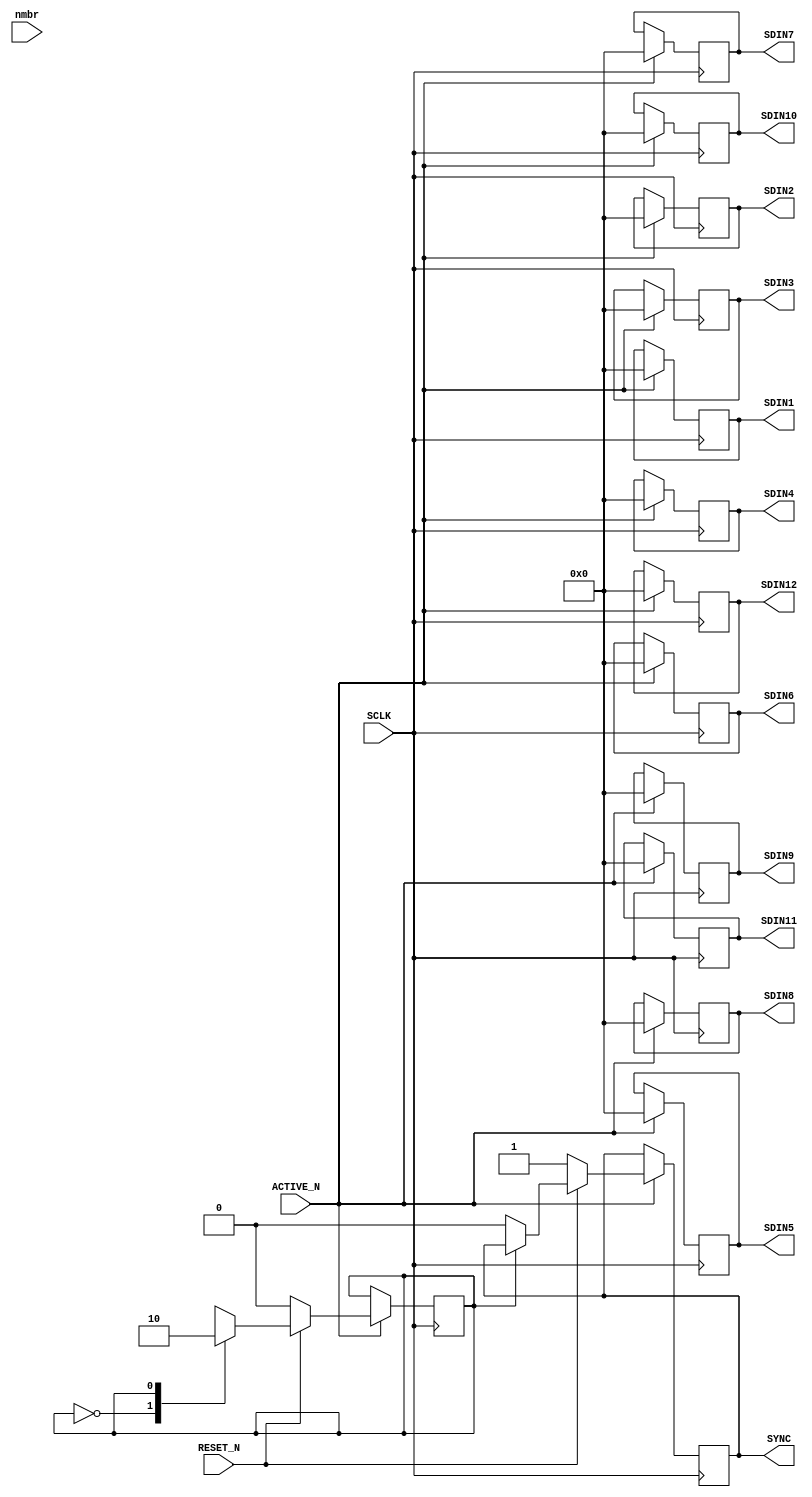
module CTRL_DAC(
	SCLK,
	RESET_N,
	ACTIVE_N,
	SDIN1,
	SDIN2,
	SDIN3,
	SDIN4,
	SDIN5,
	SDIN6,
	SDIN7,
	SDIN8,
	SDIN9,
	SDIN10,
	SDIN11,
	SDIN12,
	SYNC,
	nmbr,
);

input SCLK;
input RESET_N;
input ACTIVE_N;
input [0:767]nmbr;
output [0:7]SDIN1;
output [0:7]SDIN2;
output [0:7]SDIN3;
output [0:7]SDIN4;
output [0:7]SDIN5;
output [0:7]SDIN6;
output [0:7]SDIN7;
output [0:7]SDIN8;
output [0:7]SDIN9;
output [0:7]SDIN10;
output [0:7]SDIN11;
output [0:7]SDIN12;
output SYNC;


reg SYNC;
reg [0:7]SDIN1;
reg [0:7]SDIN2;
reg [0:7]SDIN3;
reg [0:7]SDIN4;
reg [0:7]SDIN5;
reg [0:7]SDIN6;
reg [0:7]SDIN7;
reg [0:7]SDIN8;
reg [0:7]SDIN9;
reg [0:7]SDIN10;


integer i;

	always@(posedge SCLK) begin
		if(ACTIVE_N ==1'b1) begin

		if( RESET_N == 1'b0)begin
			state <= 5'b00000;
			SDIN1  <= 3'b000;
			SDIN2  <= 3'b000;
			SDIN3  <= 3'b000;
			SDIN4  <= 3'b000;
			SDIN5  <= 3'b000;
			SDIN6  <= 3'b000;
			SDIN7  <= 3'b000;
			SDIN8  <= 3'b000;
			SDIN9  <= 3'b000;
			SDIN10  <= 3'b000;
			SDIN11  <= 3'b000;
			SDIN12  <= 3'b000;
			SYNC <= 1'b1;
		end else begin
			case( state)
			5'b00000:begin // transfer start bit power down mode (PD1)
				state <= 5'b00001;
				SDIN1  <= 3'b000;
				SDIN2  <= 3'b000;
				SDIN3  <= 3'b000;
				SDIN4  <= 3'b000;
				SDIN5  <= 3'b000;
				SDIN6  <= 3'b000;
				SDIN7  <= 3'b000;
				SDIN8  <= 3'b000;
				SDIN9  <= 3'b000;
				SDIN10  <= 3'b000;
				SDIN11  <= 3'b000;
				SDIN12  <= 3'b000;				
				SYNC <= 1'b0;
			end
			5'b00001: begin // transfer start bit power down mode (PD0)
				state <= 5'b00010;
				SDIN1  <= 3'b000;
				SDIN2  <= 3'b000;
				SDIN3  <= 3'b000;
				SDIN4  <= 3'b000;
				SDIN5  <= 3'b000;
				SDIN6  <= 3'b000;
				SDIN7  <= 3'b000;
				SDIN8  <= 3'b000;
				SDIN9  <= 3'b000;
				SDIN10  <= 3'b000;
				SDIN11  <= 3'b000;
				SDIN12  <= 3'b000;
			end
			5'b00010:begin
				state <= 5'b00011;
				for (i = 0;i < 8;i = i + 1)begin
				SDIN1[i] <= nmbr[i*96];
				SDIN2[i] <= nmbr[i*96+8];
				SDIN3[i] <= nmbr[i*96+2*8];
				SDIN4[i] <= nmbr[i*96+3*8];
				SDIN5[i] <= nmbr[i*96+4*8];
				SDIN6[i] <= nmbr[i*96+5*8];
				SDIN7[i] <= nmbr[i*96+6*8];
				SDIN8[i] <= nmbr[i*96+7*8];
				SDIN9[i] <= nmbr[i*96+8*8];
				SDIN10[i] <= nmbr[i*96+9*8];
				SDIN11[i] <= nmbr[i*96+10*8];
				SDIN12[i] <= nmbr[i*96+11*8];
				end
				
			end
			5'b00011:begin
				state <= 5'b00100;
				for (i = 0;i < 8;i = i + 1)begin
				SDIN1[i] <= nmbr[i*96+1];
				SDIN2[i] <= nmbr[i*96+8+1];
				SDIN3[i] <= nmbr[i*96+2*8+1];
				SDIN4[i] <= nmbr[i*96+3*8+1];
				SDIN5[i] <= nmbr[i*96+4*8+1];
				SDIN6[i] <= nmbr[i*96+5*8+1];
				SDIN7[i] <= nmbr[i*96+6*8+1];
				SDIN8[i] <= nmbr[i*96+7*8+1];
				SDIN9[i] <= nmbr[i*96+8*8+1];
				SDIN10[i] <= nmbr[i*96+9*8+1];
				SDIN11[i] <= nmbr[i*96+10*8+1];
				SDIN12[i] <= nmbr[i*96+11*8+1];
				end
			end
			5'b00100:begin // transfer start bit
				state <= 5'b00101;
				for (i = 0;i < 8;i = i + 1)begin
				SDIN1[i] <= nmbr[i*96+2];
				SDIN2[i] <= nmbr[i*96+8+2];
				SDIN3[i] <= nmbr[i*96+2*8+2];
				SDIN4[i] <= nmbr[i*96+3*8+2];
				SDIN5[i] <= nmbr[i*96+4*8+2];
				SDIN6[i] <= nmbr[i*96+5*8+2];
				SDIN7[i] <= nmbr[i*96+6*8+2];
				SDIN8[i] <= nmbr[i*96+7*8+2];
				SDIN9[i] <= nmbr[i*96+8*8+2];
				SDIN10[i] <= nmbr[i*96+9*8+2];
				SDIN11[i] <= nmbr[i*96+10*8+2];
				SDIN12[i] <= nmbr[i*96+11*8+2];
				end
				end
			5'b00101:begin // transfer start bit
				state <= 5'b00110;
				for (i = 0;i < 8;i = i + 1)begin
				SDIN1[i] <= nmbr[i*96+3];
				SDIN2[i] <= nmbr[i*96+8+3];
				SDIN3[i] <= nmbr[i*96+2*8+3];
				SDIN4[i] <= nmbr[i*96+3*8+3];
				SDIN5[i] <= nmbr[i*96+4*8+3];
				SDIN6[i] <= nmbr[i*96+5*8+3];
				SDIN7[i] <= nmbr[i*96+6*8+3];
				SDIN8[i] <= nmbr[i*96+7*8+3];
				SDIN9[i] <= nmbr[i*96+8*8+3];
				SDIN10[i] <= nmbr[i*96+9*8+3];
				SDIN11[i] <= nmbr[i*96+10*8+3];
				SDIN12[i] <= nmbr[i*96+11*8+3];
				end
				end
			5'b00110:begin // transfer start bit
				state <= 5'b00111;
				for (i = 0;i < 8;i = i + 1)begin
				SDIN1[i] <= nmbr[i*96+4];
				SDIN2[i] <= nmbr[i*96+8+4];
				SDIN3[i] <= nmbr[i*96+2*8+4];
				SDIN4[i] <= nmbr[i*96+3*8+4];
				SDIN5[i] <= nmbr[i*96+4*8+4];
				SDIN6[i] <= nmbr[i*96+5*8+4];
				SDIN7[i] <= nmbr[i*96+6*8+4];
				SDIN8[i] <= nmbr[i*96+7*8+4];
				SDIN9[i] <= nmbr[i*96+8*8+4];
				SDIN10[i] <= nmbr[i*96+9*8+4];
				SDIN11[i] <= nmbr[i*96+10*8+4];
				SDIN12[i] <= nmbr[i*96+11*8+4];
				end
			end
			5'b00111:begin // transfer start bit
				state <= 5'b01000;
				for (i = 0;i < 8;i = i + 1)begin
				SDIN1[i] <= nmbr[i*96+5];
				SDIN2[i] <= nmbr[i*96+8+5];
				SDIN3[i] <= nmbr[i*96+2*8+5];
				SDIN4[i] <= nmbr[i*96+3*8+5];
				SDIN5[i] <= nmbr[i*96+4*8+5];
				SDIN6[i] <= nmbr[i*96+5*8+5];
				SDIN7[i] <= nmbr[i*96+6*8+5];
				SDIN8[i] <= nmbr[i*96+7*8+5];
				SDIN9[i] <= nmbr[i*96+8*8+5];
				SDIN10[i] <= nmbr[i*96+9*8+5];
				SDIN11[i] <= nmbr[i*96+10*8+5];
				SDIN12[i] <= nmbr[i*96+11*8+5];
				end
			end
			5'b01000:begin // transfer start bit
				state <= 5'b01001;
				for (i = 0;i < 8;i = i + 1)begin
				SDIN1[i] <= nmbr[i*96+6];
				SDIN2[i] <= nmbr[i*96+8+6];
				SDIN3[i] <= nmbr[i*96+2*8+6];
				SDIN4[i] <= nmbr[i*96+3*8+6];
				SDIN5[i] <= nmbr[i*96+4*8+6];
				SDIN6[i] <= nmbr[i*96+5*8+6];
				SDIN7[i] <= nmbr[i*96+6*8+6];
				SDIN8[i] <= nmbr[i*96+7*8+6];
				SDIN9[i] <= nmbr[i*96+8*8+6];
				SDIN10[i] <= nmbr[i*96+9*8+6];
				SDIN11[i] <= nmbr[i*96+10*8+6];
				SDIN12[i] <= nmbr[i*96+11*8+6];
				end
				end
			5'b01001:begin // transfer start bit
				state <= 5'b01010;
				for (i = 0;i < 8;i = i + 1)begin
				SDIN1[i] <= nmbr[i*96+7];
				SDIN2[i] <= nmbr[i*96+8+7];
				SDIN3[i] <= nmbr[i*96+2*8+7];
				SDIN4[i] <= nmbr[i*96+3*8+7];
				SDIN5[i] <= nmbr[i*96+4*8+7];
				SDIN6[i] <= nmbr[i*96+5*8+7];
				SDIN7[i] <= nmbr[i*96+6*8+7];
				SDIN8[i] <= nmbr[i*96+7*8+7];
				SDIN9[i] <= nmbr[i*96+8*8+7];
				SDIN10[i] <= nmbr[i*96+9*8+7];
				SDIN11[i] <= nmbr[i*96+10*8+7];
				SDIN12[i] <= nmbr[i*96+11*8+7];
				end
			end
			5'b01010:begin
				state <= 5'b01011;
				SDIN1  <= 3'b000;
				SDIN2  <= 3'b000;
				SDIN3  <= 3'b000;
				SDIN4  <= 3'b000;
				SDIN5  <= 3'b000;
				SDIN6  <= 3'b000;
				SDIN7  <= 3'b000;
				SDIN8  <= 3'b000;
				SDIN9  <= 3'b000;
				SDIN10  <= 3'b000;
				SDIN11  <= 3'b000;
				SDIN12  <= 3'b000;
			end
			5'b01011:begin
				state <= 5'b01100;
				SDIN1  <= 3'b000;
				SDIN2  <= 3'b000;
				SDIN3  <= 3'b000;
				SDIN4  <= 3'b000;
				SDIN5  <= 3'b000;
				SDIN6  <= 3'b000;
				SDIN7  <= 3'b000;
				SDIN8  <= 3'b000;
				SDIN9  <= 3'b000;
				SDIN10  <= 3'b000;
				SDIN11  <= 3'b000;
				SDIN12  <= 3'b000;
			end
			5'b01100:begin
				state <= 5'b01101;
				SDIN1  <= 3'b000;
				SDIN2  <= 3'b000;
				SDIN3  <= 3'b000;
				SDIN4  <= 3'b000;
				SDIN5  <= 3'b000;
				SDIN6  <= 3'b000;
				SDIN7  <= 3'b000;
				SDIN8  <= 3'b000;
				SDIN9  <= 3'b000;
				SDIN10  <= 3'b000;
				SDIN11  <= 3'b000;
				SDIN12  <= 3'b000;
			end		
			5'b01101:begin // transfer bit
				state <= 5'b01110;
				SDIN1  <= 3'b000;
				SDIN2  <= 3'b000;
				SDIN3  <= 3'b000;
				SDIN4  <= 3'b000;
				SDIN5  <= 3'b000;
				SDIN6  <= 3'b000;
				SDIN7  <= 3'b000;
				SDIN8  <= 3'b000;
				SDIN9  <= 3'b000;
				SDIN10  <= 3'b000;
				SDIN11  <= 3'b000;
				SDIN12  <= 3'b000;
			end
			5'b01110:begin // transfer bit
				state <= 5'b01111;
				SDIN1  <= 3'b000;
				SDIN2  <= 3'b000;
				SDIN3  <= 3'b000;
				SDIN4  <= 3'b000;
				SDIN5  <= 3'b000;
				SDIN6  <= 3'b000;
				SDIN7  <= 3'b000;
				SDIN8  <= 3'b000;
				SDIN9  <= 3'b000;
				SDIN10  <= 3'b000;
				SDIN11  <= 3'b000;
				SDIN12  <= 3'b000;
			end
			5'b01111:begin // transfer Bit
				state <= 5'b10000;
				SDIN1  <= 3'b000;
				SDIN2  <= 3'b000;
				SDIN3  <= 3'b000;
				SDIN4  <= 3'b000;
				SDIN5  <= 3'b000;
				SDIN6  <= 3'b000;
				SDIN7  <= 3'b000;
				SDIN8  <= 3'b000;
				SDIN9  <= 3'b000;
				SDIN10  <= 3'b000;
				SDIN11  <= 3'b000;
				SDIN12  <= 3'b000;
			end
			5'b10000:begin
				state <= 5'b00000;
				SDIN1  <= 3'b000;
				SDIN2  <= 3'b000;
				SDIN3  <= 3'b000;
				SDIN4  <= 3'b000;
				SDIN5  <= 3'b000;
				SDIN6  <= 3'b000;
				SDIN7  <= 3'b000;
				SDIN8  <= 3'b000;
				SDIN9  <= 3'b000;
				SDIN10  <= 3'b000;
				SDIN11  <= 3'b000;
				SDIN12  <= 3'b000;
			SYNC <= 1'b1;
			end
			default:begin
				state <= 5'b00000;
				SDIN1  <= 3'b000;
				SDIN2  <= 3'b000;
				SDIN3  <= 3'b000;
				SDIN4  <= 3'b000;
				SDIN5  <= 3'b000;
				SDIN6  <= 3'b000;
				SDIN7  <= 3'b000;
				SDIN8  <= 3'b000;
				SDIN9  <= 3'b000;
				SDIN10  <= 3'b000;
				SDIN11  <= 3'b000;
				SDIN12  <= 3'b000;
				SYNC <= 1'b1;
			end
			endcase
		end
		end

	end
	
endmodule